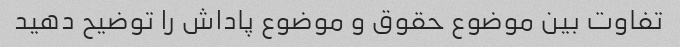
تفاوت بین موضوع حقوق و موضوع پاداش را توضیح دهید